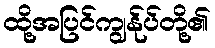
ထို့အပြင်ကျွန်ုပ်တို့၏